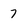
Character: 7